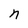
Character: n